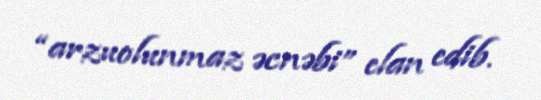
“arzuolunmaz əcnəbi” elan edib.